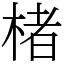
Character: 楮